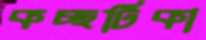
কচ্ছটিকা